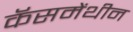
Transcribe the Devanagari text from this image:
कॅसमेंथीन